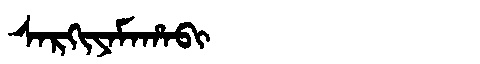
Manchu: ᠰᠠᡵᡴᡳᠶᠠᠮᠠᡥᠠᠪᡳ
Romanization: SARKIYAMAHABI